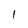
Character: I